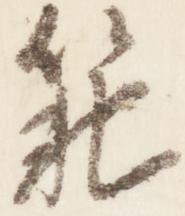
範